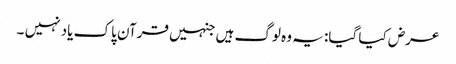
عرض کیا گیا: یہ وہ لوگ ہیں جنہیں قرآن پاک یاد نہیں ۔